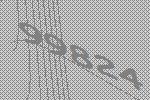
99824